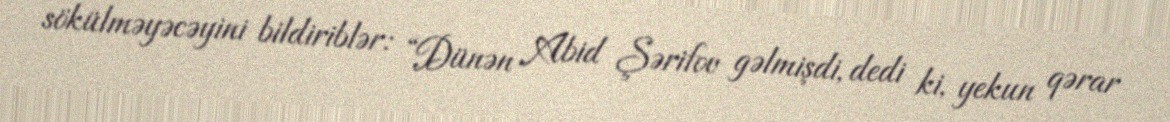
sökülməyəcəyini bildiriblər: “Dünən Abid Şərifov gəlmişdi, dedi ki, yekun qərar